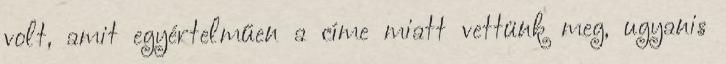
volt, amit egyértelműen a címe miatt vettünk meg, ugyanis